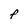
Character: F